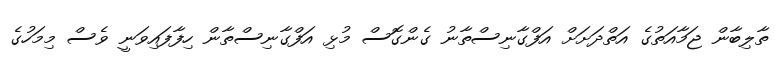
ތާލިބާން ޖަމާއަތުގެ އަތްދަށަށް އަފްގާނިސްތާނު ގެންގޮސް މުޅި އަފްގާނިސްތާން ހިފާފައިވަނީ ވެސް މިމަހުގެ